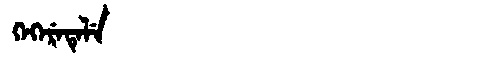
Manchu: ᡴᡝᡴᡝᡵᡝᡨᡝᠯᡝ
Romanization: KEKERETELE